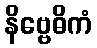
နိဗ္ဗေဓိကံ